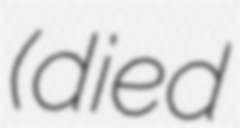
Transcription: (died